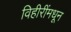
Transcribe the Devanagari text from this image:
विहीरींमधून